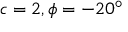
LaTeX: c = 2 , \phi = - 2 0 ^ { \circ }